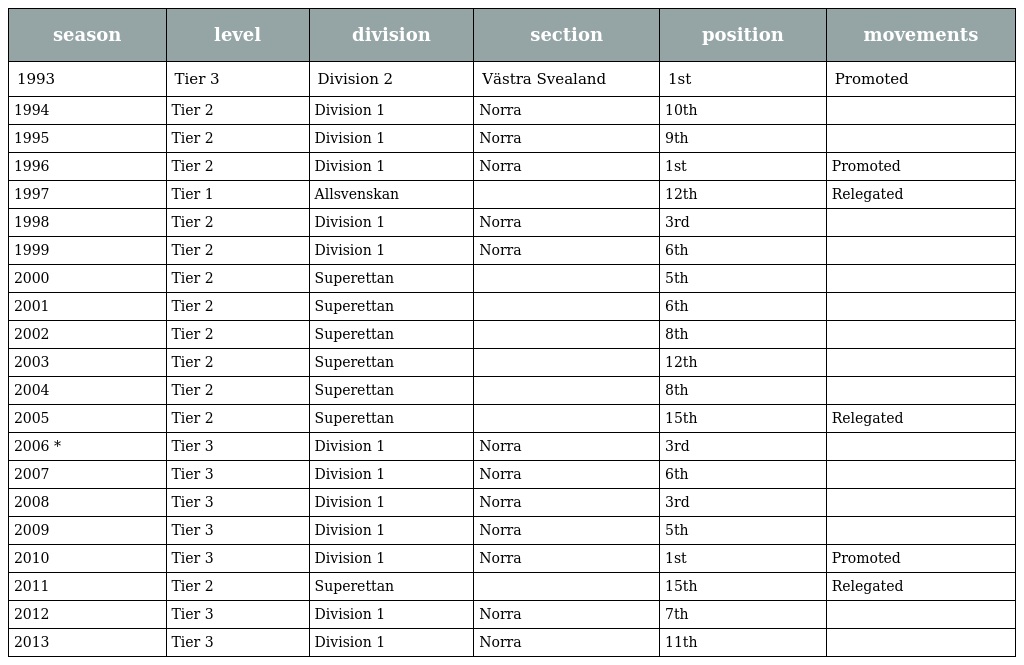
| season | level | division | section | position | movements |
 | --- | --- | --- | --- | --- | --- |
 | 1993 | Tier 3 | Division 2 | Västra Svealand | 1st | Promoted |
 | 1994 | Tier 2 | Division 1 | Norra | 10th |  |
 | 1995 | Tier 2 | Division 1 | Norra | 9th |  |
 | 1996 | Tier 2 | Division 1 | Norra | 1st | Promoted |
 | 1997 | Tier 1 | Allsvenskan |  | 12th | Relegated |
 | 1998 | Tier 2 | Division 1 | Norra | 3rd |  |
 | 1999 | Tier 2 | Division 1 | Norra | 6th |  |
 | 2000 | Tier 2 | Superettan |  | 5th |  |
 | 2001 | Tier 2 | Superettan |  | 6th |  |
 | 2002 | Tier 2 | Superettan |  | 8th |  |
 | 2003 | Tier 2 | Superettan |  | 12th |  |
 | 2004 | Tier 2 | Superettan |  | 8th |  |
 | 2005 | Tier 2 | Superettan |  | 15th | Relegated |
 | 2006 * | Tier 3 | Division 1 | Norra | 3rd |  |
 | 2007 | Tier 3 | Division 1 | Norra | 6th |  |
 | 2008 | Tier 3 | Division 1 | Norra | 3rd |  |
 | 2009 | Tier 3 | Division 1 | Norra | 5th |  |
 | 2010 | Tier 3 | Division 1 | Norra | 1st | Promoted |
 | 2011 | Tier 2 | Superettan |  | 15th | Relegated |
 | 2012 | Tier 3 | Division 1 | Norra | 7th |  |
 | 2013 | Tier 3 | Division 1 | Norra | 11th |  |